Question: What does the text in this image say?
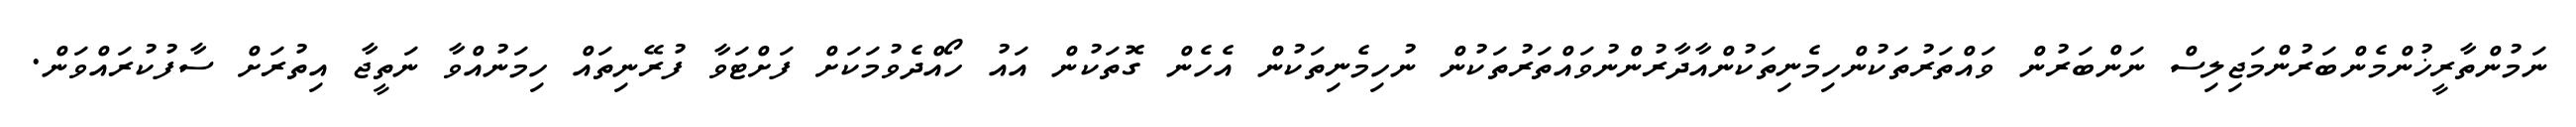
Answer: ނަމުންތާރީޚުންމެންބަރުންމަޖިލިސް ނަންބަރުން ވައްތަރުތަކުންހިމެނިތަކުންއާދާރުންނުވައްތަރުތަކުން ނުހިމެނިތަކުން އެހެން ގޮތަކުން އައު ހޯއްދެވުމަކަށް ފަށްޓަވާ ފުރޭނިތައް ހިމަނުއްވާ ނަތީޖާ އިތުރަށް ސާފުކުރައްވަން.